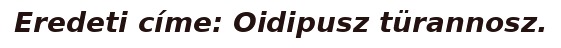
Eredeti címe: Oidipusz türannosz.